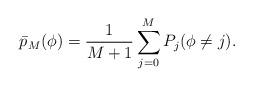
LaTeX: \begin{align*}{\bar{p}}_M (\phi)= \frac{1}{M+1}\sum_{j=0}^M P_j(\phi\neq j).\end{align*}